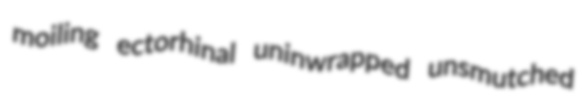
moiling ectorhinal uninwrapped unsmutched